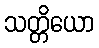
သတ္တိယော